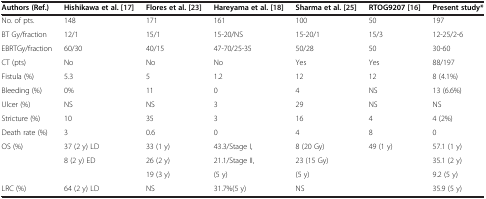
| Authors (Ref.) | Hishikawa et al. [17] | Flores et al. [23] | Hareyama et al. [18] | Sharma et al. [25] | RTOG9207 [16] | Present study* |
 | --- | --- | --- | --- | --- | --- | --- |
 | No. of pts. | 148 | 171 | 161 | 100 | 50 | 197 |
 | BT Gy/fraction | 12/1 | 15/1 | 15-20/NS | 15-20/1 | 15/3 | 12-25/2-6 |
 | EBRTGy/fraction | 60/30 | 40/15 | 47-70/25-35 | 50/28 | 50 | 30-60 |
 | CT (pts) | No | No | No | Yes | Yes | 88/197 |
 | Fistula (%) | 5.3 | 5 | 1.2 | 12 | 12 | 8 (4.1%) |
 | Bleeding (%) | 0% | 11 | 0 | 4 | NS | 13 (6.6%) |
 | Ulcer (%) | NS | NS | 3 | 29 | NS | NS |
 | Stricture (%) | 10 | 35 | 3 | 16 | 4 | 4 (2%) |
 | Death rate (%) | 3 | 0.6 | 0 | 4 | 8 | 0 |
 | <ROWSPAN=3> OS (%) | 37 (2 y) LD | 33 (1 y) | 43.3/Stage I, | 8 (20 Gy) | 49 (1 y) | 57.1 (1 y) |
 | 8 (2 y) ED | 26 (2 y) | 21.1/Stage II, | 23 (15 Gy) |  | 35.1 (2 y) |
 |  | 19 (3 y) | (5 y) | (5 y) |  | 9.2 (5 y) |
 | LRC (%) | 64 (2 y) LD | NS | 31.7%(5 y) | <COLSPAN=2> NS | 35.9 (5 y) |